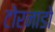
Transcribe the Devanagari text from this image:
टोरनाडो